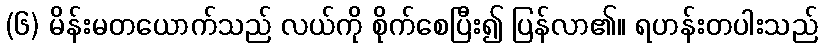
(၆) မိန်းမတယောက်သည် လယ်ကို စိုက်စေပြီး၍ ပြန်လာ၏။ ရဟန်းတပါးသည်